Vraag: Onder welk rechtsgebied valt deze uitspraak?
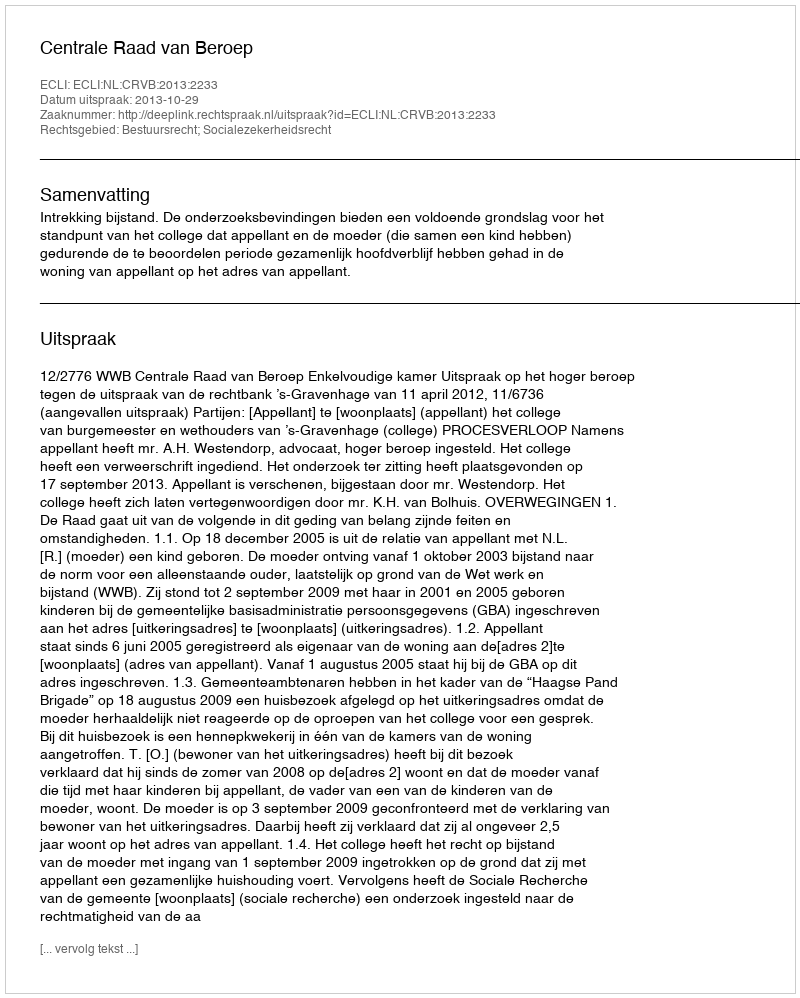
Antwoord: Bestuursrecht; Socialezekerheidsrecht